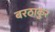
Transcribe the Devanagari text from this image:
बरठाकुर